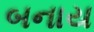
બનાય